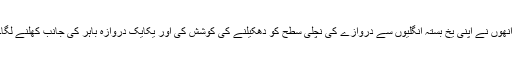
انھوں نے اپنی یخ بستہ انگلیوں سے دروازے کی نچلی سطح کو دھکیلنے کی کوشش کی اور یکایک دروازہ باہر کی جانب کھلنے لگا۔